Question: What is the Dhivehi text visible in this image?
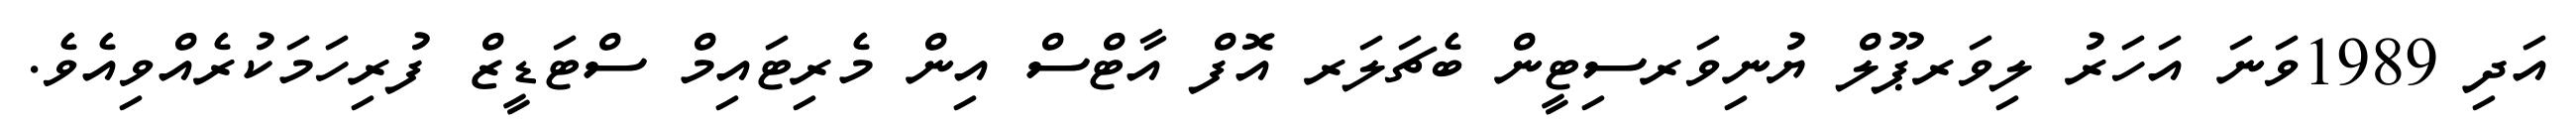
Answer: އަދި 1989ވަނަ އަހަރު ލިވަރޕޫލް ޔުނިވަރސިޓީން ބެޗަލަރ އޮފް އާޓްސް އިން މެރިޓައިމް ސްޓަޑީޒް ފުރިހަމަކުރެއްވިއެވެ.